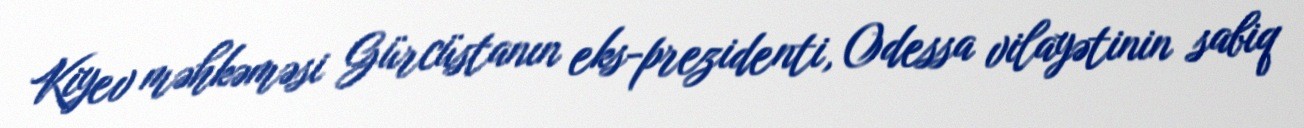
Kiyev məhkəməsi Gürcüstanın eks-prezidenti, Odessa vilayətinin sabiq